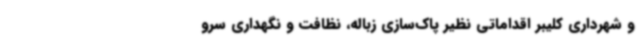
و شهرداری کلیبر اقداماتی نظیر پاک‌سازی زباله، نظافت و نگهداری سرو